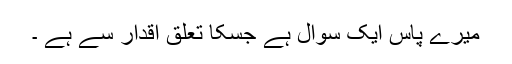
میرے پاس ایک سوال ہے جسکا تعلق اقدار سے ہے ۔